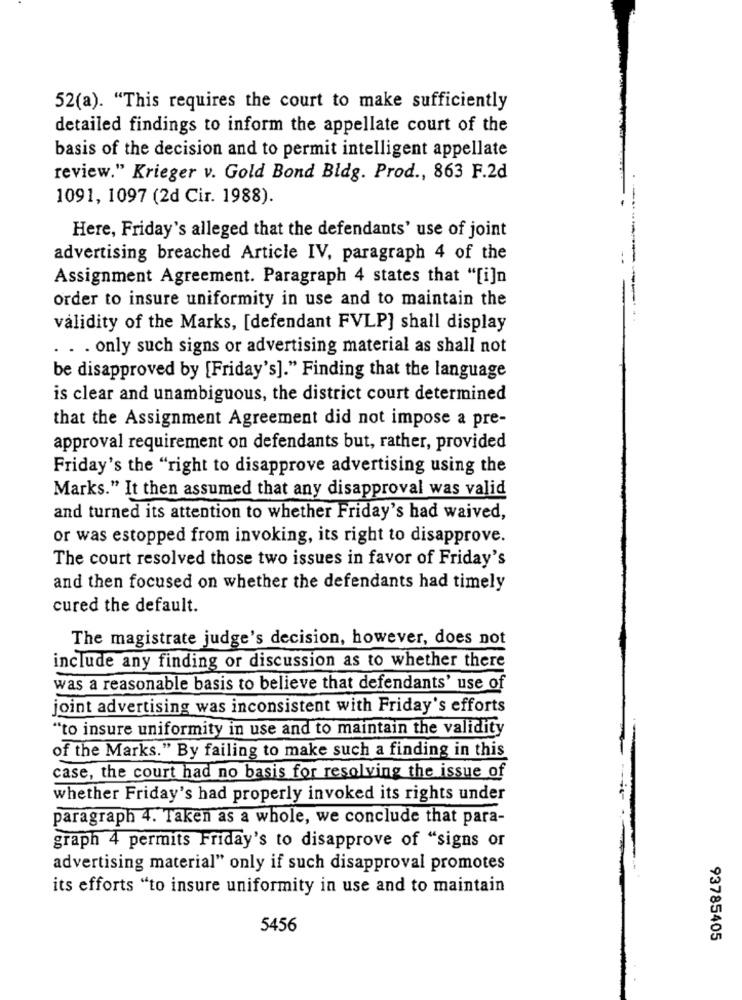
52(a). "This requires the court to make sufficiently
detailed findings to inform the appellate court of the
basis of the decision and to permit intelligent appellate
review." Krieger v. Gold Bond Bldg. Prod ., 863 F.2d
1091, 1097 (2d Cir. 1988).
Here, Friday's alleged that the defendants' use of joint
advertising breached Article IV, paragraph 4 of the
Assignment Agreement. Paragraph 4 states that "[i]n
order to insure uniformity in use and to maintain the
validity of the Marks, [defendant FVLP] shall display
. . . only such signs or advertising material as shall not
be disapproved by [Friday's]." Finding that the language
is clear and unambiguous, the district court determined
that the Assignment Agreement did not impose a pre-
approval requirement on defendants but, rather, provided
Friday's the "right to disapprove advertising using the
Marks." It then assumed that any disapproval was valid
and turned its attention to whether Friday's had waived,
or was estopped from invoking, its right to disapprove.
The court resolved those two issues in favor of Friday's
and then focused on whether the defendants had timely
cured the default.
The magistrate judge's decision, however, does not
include any finding or discussion as to whether there
was a reasonable basis to believe that defendants' use of
joint advertising was inconsistent with Friday's efforts
"to insure uniformity in use and to maintain the validity
of the Marks." By failing to make such a finding in this
case, the court had no basis for resolving the issue of
whether Friday's had properly invoked its rights under
paragraph 4. Taken as a whole, we conclude that para-
graph 4 permits Friday's to disapprove of "signs or
advertising material" only if such disapproval promotes
its efforts "to insure uniformity in use and to maintain
5456
93785405